Medical and sanitary report of the native army of Madras for the year
Year: 1872
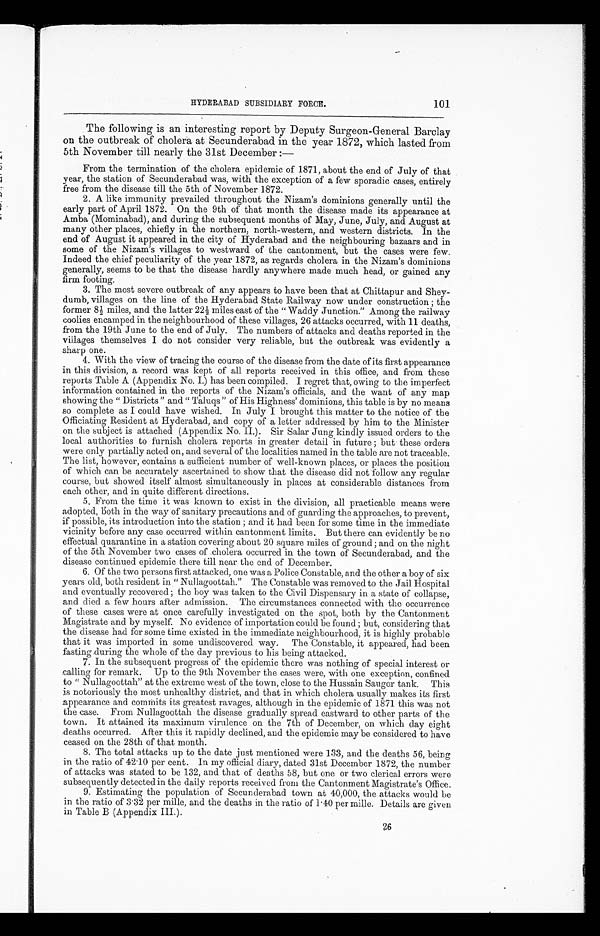
101
HYDERABADSUBSIDIARY FORCE.
The following is an interesting report by Deputy Surgeon-General Barclay
on the outbreak of cholera at Secunderabad in the year 1872, which lasted from
5th November till nearly the 31st December:
—
From the termination of the cholera epidemic of 1871, about the end of July of that
year, the station of Secunderabad was, with the exception of a few sporadic cases, entirely
free from the disease till the 5th of November 1872.
2. A like immunity prevailed throughout the Nizam's dominions generally until the
early part of April 1872. On the 9th of that month the disease made its appearance at
Amba (Mominabad), and during the subsequent months of May, June, July, and August at
many other places, chiefly in the northern, north-western, and western districts. In the
end of August it appeared in the city of Hyderabad and the neighbouring bazaars and in
some of the Nizam's villages to westward of the cantonment, but the cases were few.
Indeed the chief peculiarity of the year 1872, as regards cholera in the Nizam's dominions
generally, seems to be that the disease hardly anywhere made much head, or gained any
firm footing.
3. The most severe outbreak of any appears to have been that at Chittapur and Shey
- d u m b , v i l l a g e s o n t h e l i n e o f t h e H y d e r a b a d S t a t e R a i l w a y n o w u n d e r c o n s t r u c t i o n ; t h e
f o r m e r 8 ½ m i l e s , a n d t h e l a t t e r 2 2 ½ m i l e s e a s t o f t h e " W a d d y J u n c t i o n . " A m o n g t h e r a i l w a y
coolies encamped in the neighbourhood of these villages, 26 attacks occurred, with 11 deaths,
from the 19th June to the end of July. The numbers of attacks and deaths reported in the
villages themselves I do not consider very reliable, but the outbreak was evidently a
sharp one.
4. With the view of tracing the course of the disease from the date of its first appearance
in this division, a record was kept of all reports received in this office, and from these
reports Table A (Appendix No. I.) has been compiled. I regret that, owing to the imperfect
information contained in the reports of the Nizam's officials, and the want of any map
showing the "Districts" and "Taluqs" of His Highness' dominions, this table is by no means
so complete as I could have wished. In July I brought this matter to the notice of the
Officiating Resident at Hyderabad, and copy of a letter addressed by him to the Minister
on the subject is attached (Appendix No. II.). Sir Salar Jung kindly issued orders to the
local authorities to furnish cholera reports in greater detail in future; but these orders
were only partially acted on, and several of the localities named in the table are not traceable.
The list, however, contains a sufficient number of well-known places, or places the position
of which can be accurately ascertained to show that the disease did not follow any regular
course, but showed itself almost simultaneously in places at considerable distances from
each other, and in quite different directions.
5. From the time it was known to exist in the division, all practicable means were
adopted, both in the way of sanitary precautions and of guarding the approaches, to prevent,
if possible, its introduction into the station; and it had been for some time in the immediate
vicinity before any case occurred within cantonment limits. But there can evidently be no
effectual quarantine in a station covering about 20 square miles of ground; and on the night
of the 5th November two cases of cholera occurred in the town of Secunderabad, and the
disease continued epidemic there till near the end of December.
6. Of the two persons first attacked, one was a Police Constable, and the other a boy of six
years old, both resident in "Nullagoottah." The Constable was removed to the Jail Hospital
and eventually recovered; the boy was taken to the Civil Dispensary in a state of collapse,
and died a few hours after admission. The circumstances connected with the occurrence
of these cases were at once carefully investigated on the spot, both by the Cantonment
Magistrate and by myself. No evidence of importation could be found; but, considering that
the disease had for some time existed in the immediate neighbourhood, it is highly probable
that it was imported in some undiscovered way. The Constable, it appeared, had been
fasting during the whole of the day previous to his being attacked.
7. In the subsequent progress of the epidemic there was nothing of special interest or
calling for remark. Up to the 9th November the cases were, with one exception, confined
to "Nullagoottah" at the extreme west of the town, close to the Hussain Saugor tank. This
is notoriously the most unhealthy district, and that in which cholera usually makes its first
appearance and commits its greatest ravages, although in the epidemic of 1871 this was not
the case. From Nullagoottah the disease gradually spread eastward to other parts of the
town. It attained its maximum virulence on the 7th of December, on which day eight
deaths occurred. After this it rapidly declined, and the epidemic may be considered to have
ceased on the 28th of that month.
8. The total attacks up to the date just mentioned were 133, and the deaths 56, being
in the ratio of 42.10 per cent. In my official diary, dated 31st December 1872, the number
of attacks was stated to be 132, and that of deaths 58, but one or two clerical errors were
subsequently detected in the daily reports received from the Cantonment Magistrate's Office.
9. Estimating the population of Secunderabad town at 40,000, the attacks would be
in the ratio of 3.32 per mille, and the deaths in the ratio of 1.40 per mille. Details are given
in Table B (Appendix III.).
26